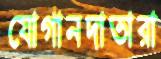
যোগানদাতারা